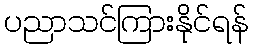
ပညာသင်ကြားနိုင်ရန်